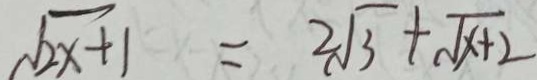
\sqrt { 2 x + 1 } = 2 \sqrt { 3 } + \sqrt { x + 2 }